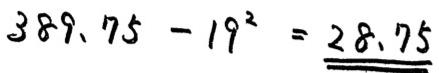
$389.75 - 19^{2} = \underline{28.75}$